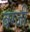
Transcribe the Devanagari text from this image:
बग्जी